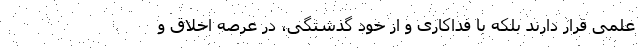
علمی قرار دارند بلکه با فداکاری و از خود گذشتگی، در عرصه اخلاق و